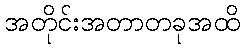
အတိုင်းအတာတခုအထိ